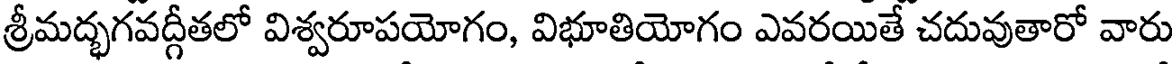
శ్రీమద్భగవద్గీతలో విశ్వరూపయోగం, విభూతియోగం ఎవరయితే చదువుతారో వారు